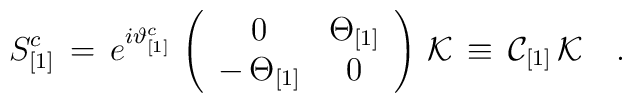
S^c_{[1]}\,=\,e^{i\vartheta^{c}_{[1]}}\,\left(\begin{array}{cc}0 & \Theta_{[1]}\\-\,\Theta_{[1]} &0\end{array}\right)\,{\cal K}\,\equiv\,{\cal C}_{[1]}\,{\cal K}\quad.